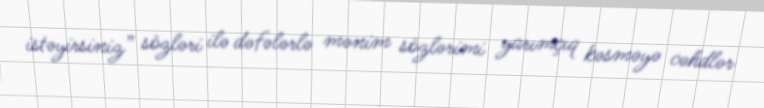
istəyirsiniz” sözləri ilə dəfələrlə mənim sözlərimi yarımçıq kəsməyə cəhdlər